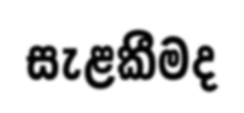
සැළකීමද